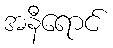
အနီရောင်